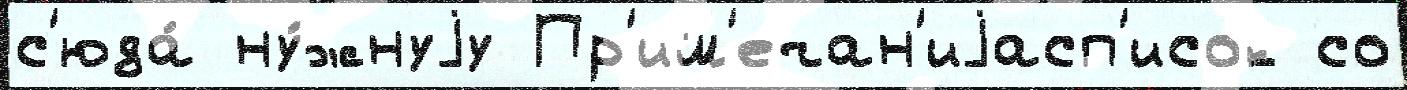
с'юда́ ну́жнуjу Пр'им'ечан'иjасп'исок со